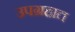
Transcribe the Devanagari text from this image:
उपग्रहात